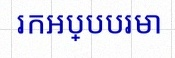
រកអប្បបរមា